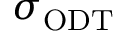
\sigma _ { \mathrm { { O D T } } }